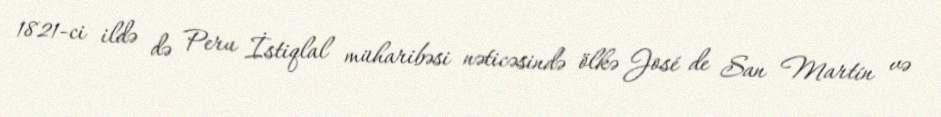
1821-ci ildə də Peru İstiqlal müharibəsi nəticəsində ölkə José de San Martín və